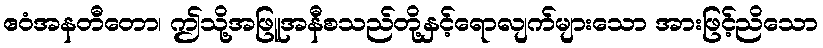
ဧဝံအနတီတော၊ ဤသို့အဖြူအနီစသည်တို့နှင့်ရောလျက်များသော အားဖြင့်ညိသော